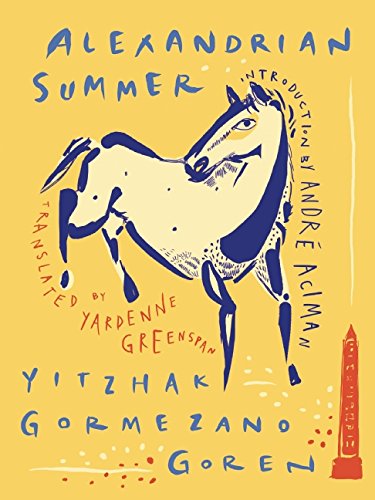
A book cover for Alexandrian Summer; Yitzhak Gormezano Goren; Literature & Fiction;